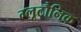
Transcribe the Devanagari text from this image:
ग्लूटौनिक